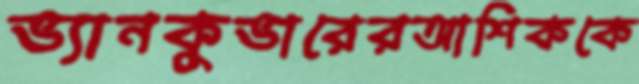
ভ্যানকুভারেরআশিককে